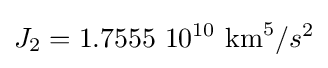
J_{2}=1.7555\ 10^{10}{\text{ km}}^{5}/s^{2}